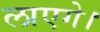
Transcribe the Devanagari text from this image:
लाएगे।